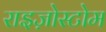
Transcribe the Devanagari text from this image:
राइज़ोस्टोम